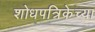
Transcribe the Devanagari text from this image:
शोधपत्रिकेच्या